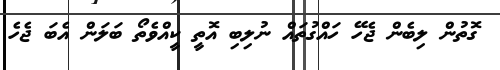
ގޮތުން ލިބެން ޖެހޭ ހައްގުތައް ނުލިބި އޮތީ ކީއްވެތޯ ބަލަން އެބަ ޖެހެ